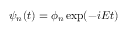
\psi _ { n } ( t ) = \phi _ { n } \exp ( - i E t )